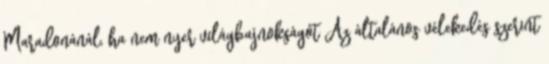
Maradonánál, ha nem nyer világbajnokságot Az általános vélekedés szerint